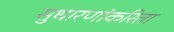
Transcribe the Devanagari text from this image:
सुधारणांकरिता